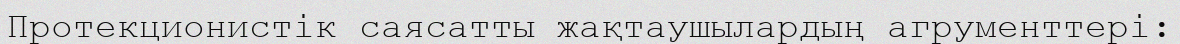
Протекционистік саясатты жақтаушылардың агрументтері: